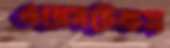
ওয়েসটেকস